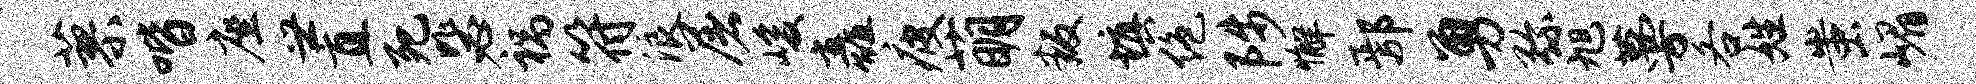
蓼喈座世直死毖祸符浪屠峻矗疲萌叛填绝陟懈鄢勇弥旭蔓各姓蚩嵋